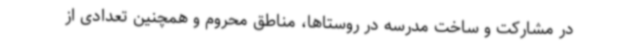
در مشارکت و ساخت مدرسه در روستاها، مناطق محروم و همچنین تعدادی از